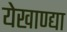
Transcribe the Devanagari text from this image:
येखाण्द्या